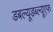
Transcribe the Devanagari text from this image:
डबल्यूडब्ल्यूएफ